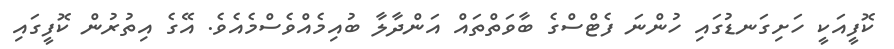
ކޮފީއަކީ ހަށިގަނޑުގައި ހުންނަ ފެޓްސްގެ ބާވަތްތައް އަންދާލާ ބުއިމެއްވެސްމެއެވެ. އޭގެ އިތުރުން ކޮފީގައި